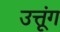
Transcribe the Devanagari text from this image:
उत्तूंग